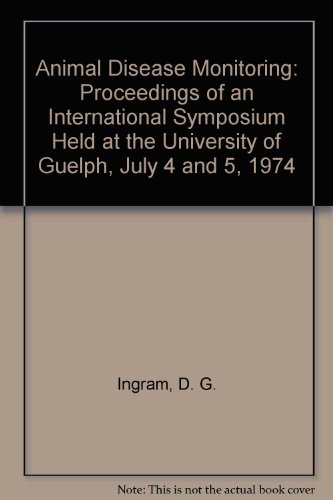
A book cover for Animal Disease Monitoring: Proceedings of an International Symposium Held at the University of Guelph, July 4 and 5, 1974; D. G. Ingram; Medical Books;